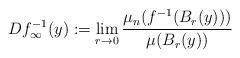
\begin{align*}Df_\infty^{-1}(y):=\lim_{r \rightarrow 0} \frac{\mu_{n}(f^{-1}(B_r(y)))}{\mu(B_r(y))}\end{align*}